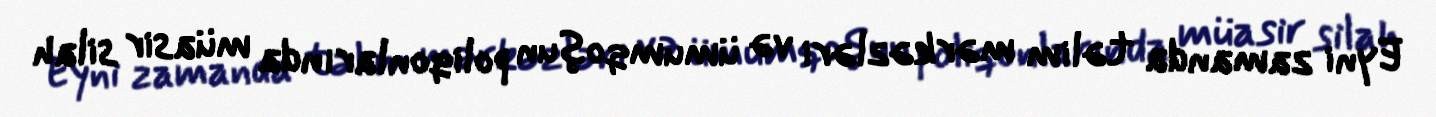
Eyni zamanda təlim mərkəzləri və ümumqoşun poliqonlarında müasir silah